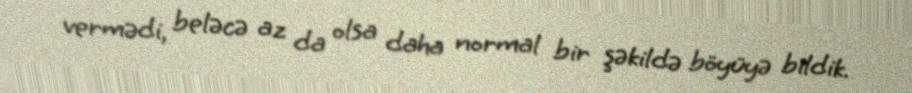
vermədi, beləcə az da olsa daha normal bir şəkildə böyüyə bildik.